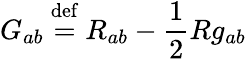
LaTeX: {G}_{ab}\ {\stackrel{\mathrm{def}}{=}}\ {R}_{ab}-{\frac{1}{2}}{R}g_{ab}